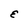
Character: E